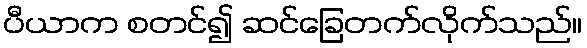
ပီယာက စတင်၍ ဆင်ခြေတက်လိုက်သည်။